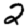
Digit: 2